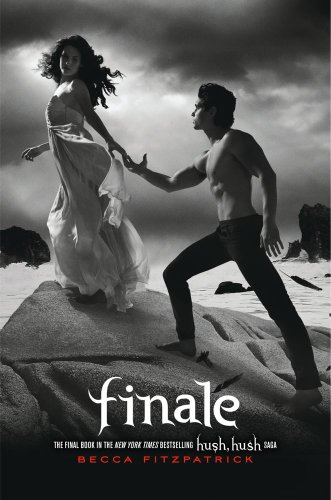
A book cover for Finale (The Hush, Hush Saga); Becca Fitzpatrick; Teen & Young Adult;